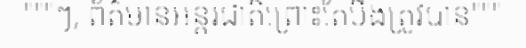
"""ៗ, ព័ត៌មានអន្តរជាតិព្រោះតែបឹងត្រូវបាន"""